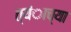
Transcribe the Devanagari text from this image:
त्यंाच्या